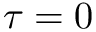
\tau = 0